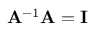
\mathbf { A } ^ { - 1 } \mathbf { A } = \mathbf { I }